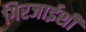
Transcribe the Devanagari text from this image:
गिरजाईशी